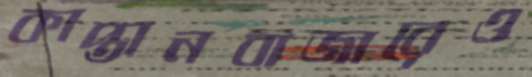
কাপ্তানবাজারেও